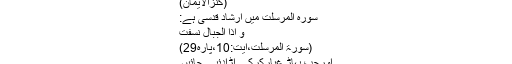
(کنزالایمان)
سورۂ المرسلٰت میں ارشاد قدسی ہے:
وَ اِذَا الْجِبَالُ نُسِفَتْ
(سورۃ المرسلٰت،آیت:10،پارہ29)
اورجب پہاڑ غبارکرکے اڑادئیے جائیں۔